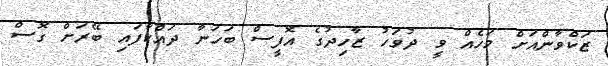
ޒަކްވާންއަށް މަހެއް ވީ ދުވަހު ޒާހިދުގެ އޮފީސް ބަހަނާ ދައްކާފައި ބޭރަށް ގޮސް